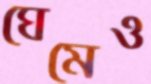
ঘেমেও